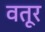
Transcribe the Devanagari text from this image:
वतूर